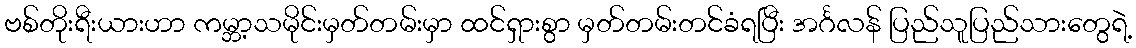
ဗစ်တိုးရီးယားဟာ ကမ္ဘာ့သမိုင်းမှတ်တမ်းမှာ ထင်ရှားစွာ မှတ်တမ်းတင်ခံရပြီး အင်္ဂလန် ပြည်သူပြည်သားတွေရဲ့